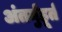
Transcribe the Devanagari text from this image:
अंतर्मुहूर्त